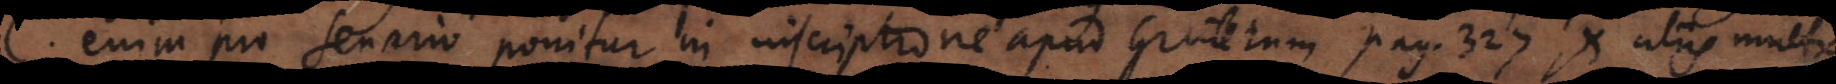
C enim pro senario ponitur in inscriptione apud Gruterum pag. 327 et aliis multis